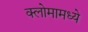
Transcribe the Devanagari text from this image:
क्लोमामध्ये